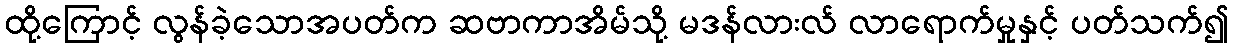
ထို့ကြောင့် လွန်ခဲ့သောအပတ်က ဆဗာကာအိမ်သို့ မဒန်လားလ် လာရောက်မှုနှင့် ပတ်သက်၍